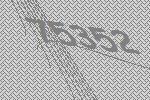
75352